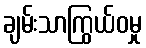
ချမ်းသာကြွယ်ဝမှု